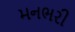
મનભરી